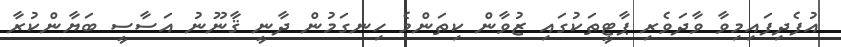
އުފެދިފައިމިވާ ވާދަވެރި ޕާޓީތަކުގައި ޒުވާން ކިތަންމެ ހިނގަމުން ދާނީ ޤާނޫނު އަސާސީ ބަޔާންކުރާ